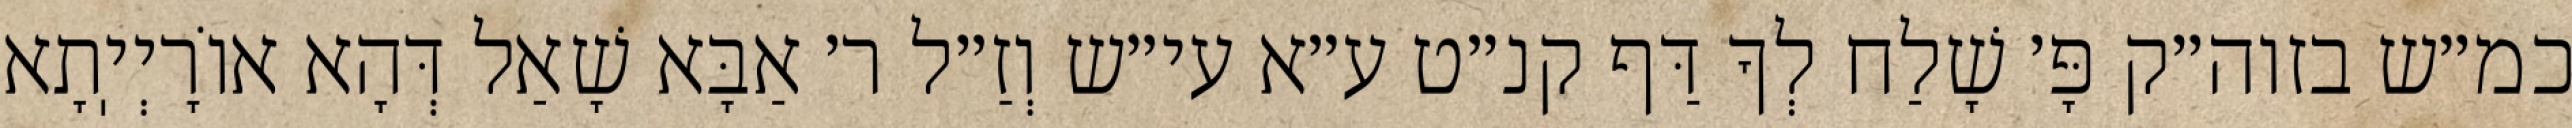
כמ״ש בזוה״ק פָּ׳ שָׁלַח לְךָ דַּף קנ״ט ע״א עי״ש וְזַ״ל ר׳ אַבָּא שָׁאַל דְּהָא אוֹרָיְיֽתָא